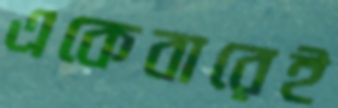
একেবারেই